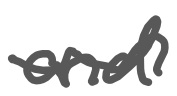
Text: and
Cross-out: wave
Writing tool: digital_gray